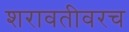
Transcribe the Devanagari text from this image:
शरावतीवरच